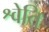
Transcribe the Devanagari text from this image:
श्वेति